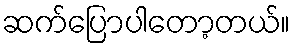
ဆက်ပြောပါတော့တယ်။